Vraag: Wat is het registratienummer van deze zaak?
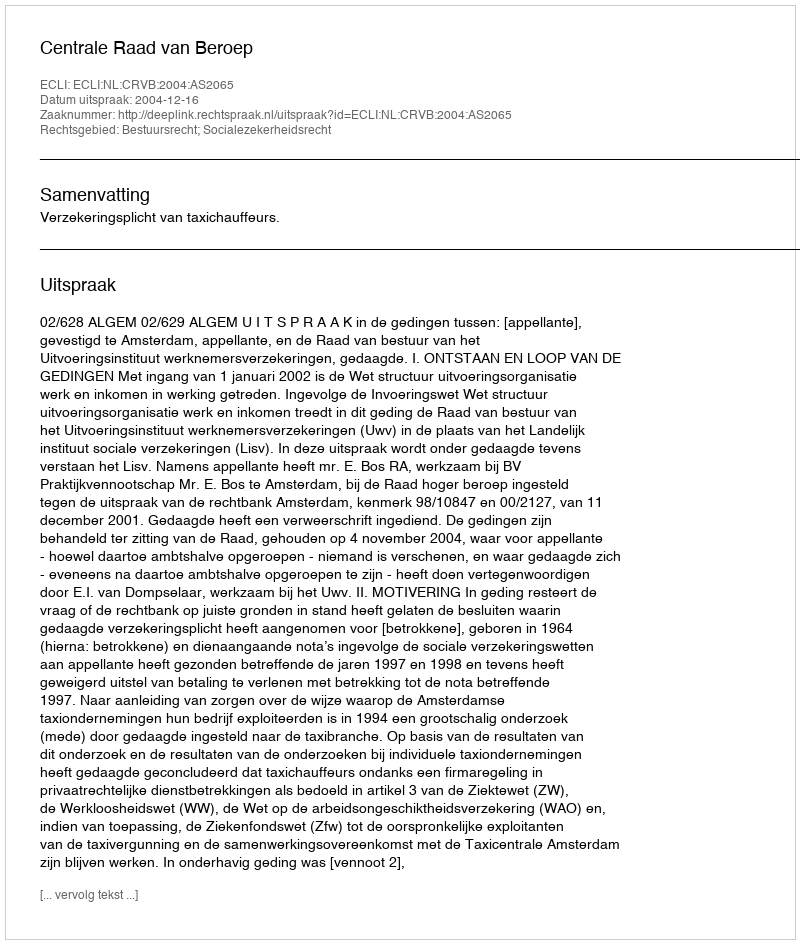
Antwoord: http://deeplink.rechtspraak.nl/uitspraak?id=ECLI:NL:CRVB:2004:AS2065